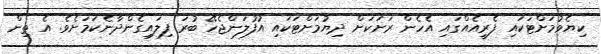
ކިޔެވުމަށްޓަކައި ފެރީއެއްގައި އެހެން ރަށަކަށް ދިޔުމަށްޓަކައި އުފުލަންޖެހޭ ބުރަ ފިލައިގެންދާނެކަމަށެވެ. އެ ތިން